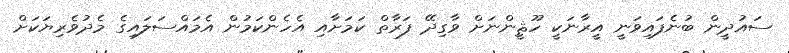
ސައުދީން ބުނެފައިވަނީ އީރާނަކީ ހޫޘީންނަށް ވާގިދޭ ފަރާތް ކަމަށާއި އެހެންކަމުން އެމައްސަލައިގެ މެދުވެރިޔަކަށް